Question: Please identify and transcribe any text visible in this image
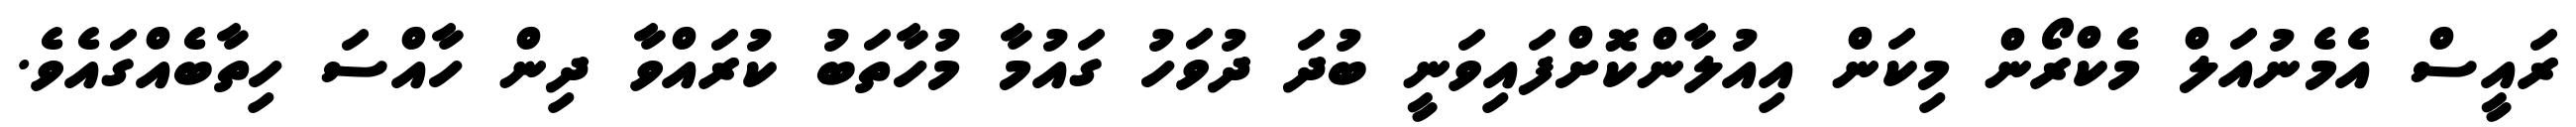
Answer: ރައީސް އެމެނުއަލް މެކްރޯން މިކަން އިއުލާންކޮށްފައިވަނީ ބުދަ ދުވަހު ގައުމާ މުހާތަބު ކުރައްވާ ދިން ހާއްސަ ހިތާބެއްގައެވެ.